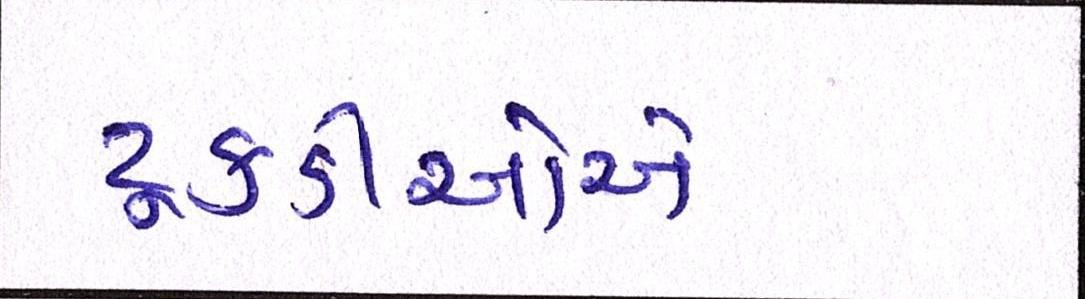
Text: ટૂકડીઓએ